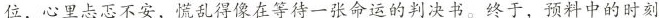
位，心里忐忑不安，慌乱得像在等待一张命运的判决书。终于，预料中的时刻